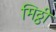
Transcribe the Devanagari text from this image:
मिठ्ठी